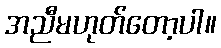
အညီမဟုတ်တော့ပါ။